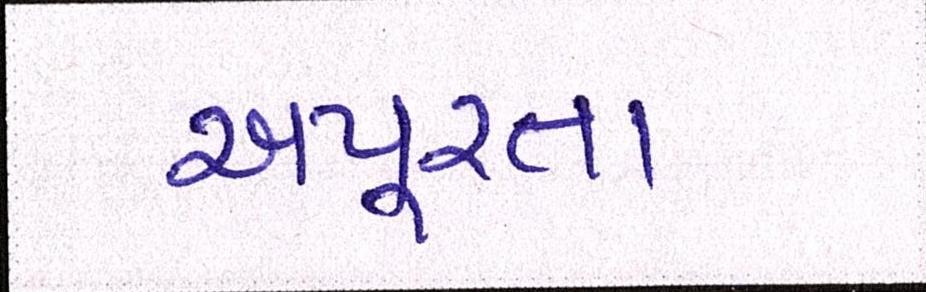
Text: અપૂરતા